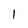
Character: l